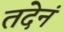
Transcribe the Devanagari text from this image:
तदेनं